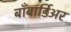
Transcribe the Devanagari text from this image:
बाँबार्डिअर